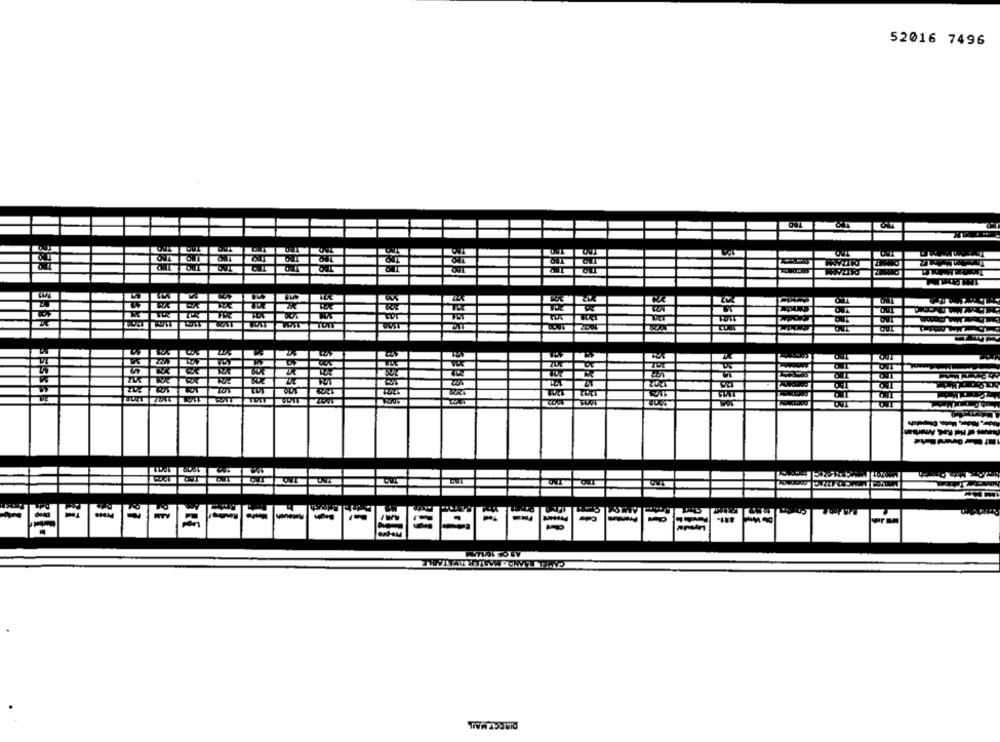
52016 7496
ZW
W
SEEE
12045
-
----
DIRECT MAIL